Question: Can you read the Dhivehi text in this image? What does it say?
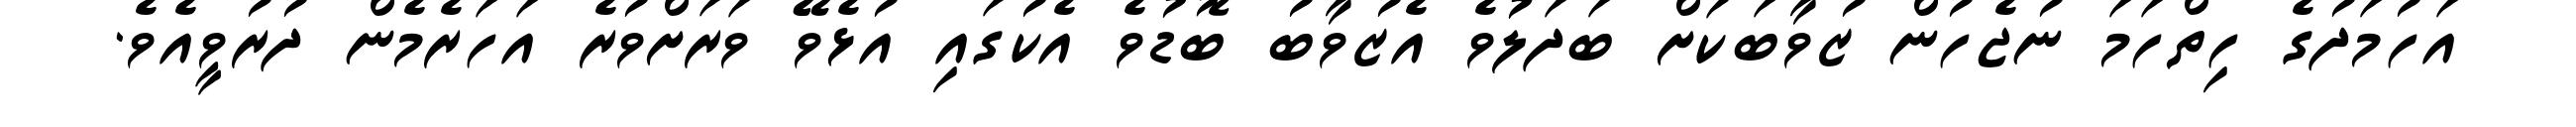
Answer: އަހުމަދުގެ ހިތްހަމަ ނުޖެހުން ޒުވާބަކަށް ބަދަލުވެ އެޒުވާބު ބޮޑުވެ އެކުގައި އުޅެވޭ ވަރަށްވުރެ އަހަރެމެން ދުރުވީއެވެ.